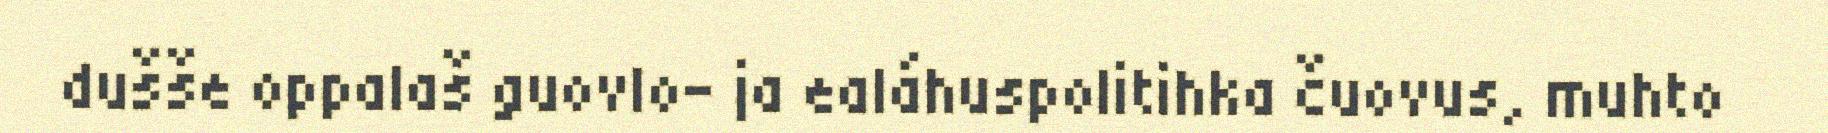
dušše oppalaš guovlo- ja ealáhuspolitihka čuovus, muhto